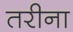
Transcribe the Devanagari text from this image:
तरीना